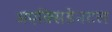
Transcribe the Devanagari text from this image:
अएक्सिडेनटल